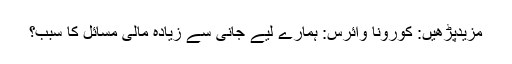
مزیدپڑھیں: کورونا وائرس: ہمارے لیے جانی سے زیادہ مالی مسائل کا سبب؟